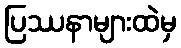
ပြဿနာများထဲမှ